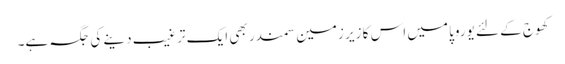
کھوج کے لئے یوروپا میں اس کا زیر زمین سمندر بھی ایک ترغیب دینے کی جگہ ہے۔